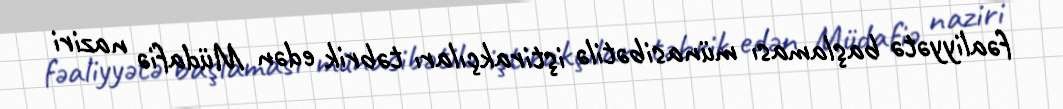
fəaliyyətə başlaması münasibətilə iştirakçıları təbrik edən Müdafiə naziri